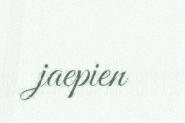
jaepien